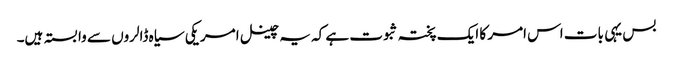
بس یہی بات اس امر کا ایک پختہ ثبوت ہے کہ یہ چینل امریکی سیاہ ڈالروں سے وابستہ ہیں۔